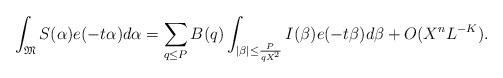
LaTeX: \begin{align*}\int_{\mathfrak{M}}S(\alpha)e(-t\alpha)d\alpha =\sum_{q\le P}B(q)\int_{|\beta|\le \frac{P}{qX^2}}I(\beta) e(-t\beta)d\beta+O(X^{n}L^{-K}).\end{align*}